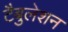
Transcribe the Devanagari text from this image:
टैबुलेशन